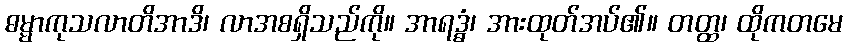
ဓမ္မာကုသလာတိအာဒိ၊ လာအစရှိသည်ကို။ အာရဒ္ဓံ၊ အားထုတ်အပ်၏။ တတ္ထ၊ ထိုကတမေ